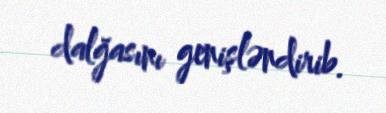
dalğasını genişləndirib.